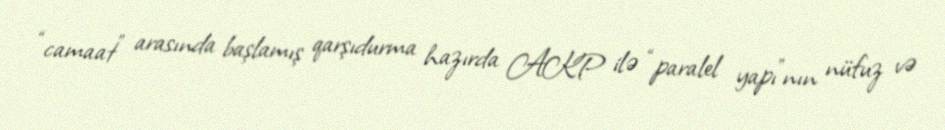
“camaat” arasında başlamış qarşıdurma hazırda AKP ilə “paralel yapı”nın nüfuz və